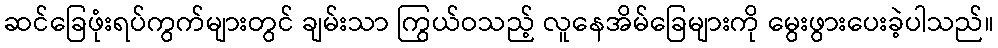
ဆင်ခြေဖုံးရပ်ကွက်များတွင် ချမ်းသာ ကြွယ်ဝသည့် လူနေအိမ်ခြေများကို မွေးဖွားပေးခဲ့ပါသည်။